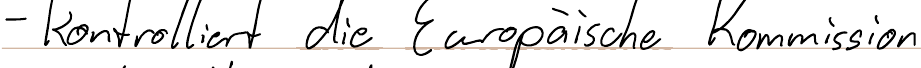
- kontrolliert die Europäische Kommission